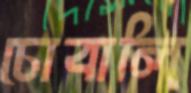
চোবালি